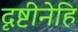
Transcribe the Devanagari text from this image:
दृष्टीनेहि